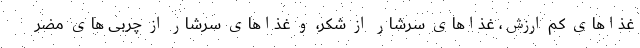
غذاهای کم ارزش، غذاهای سرشار از شکر، و غذاهای سرشار از چربی های مضر